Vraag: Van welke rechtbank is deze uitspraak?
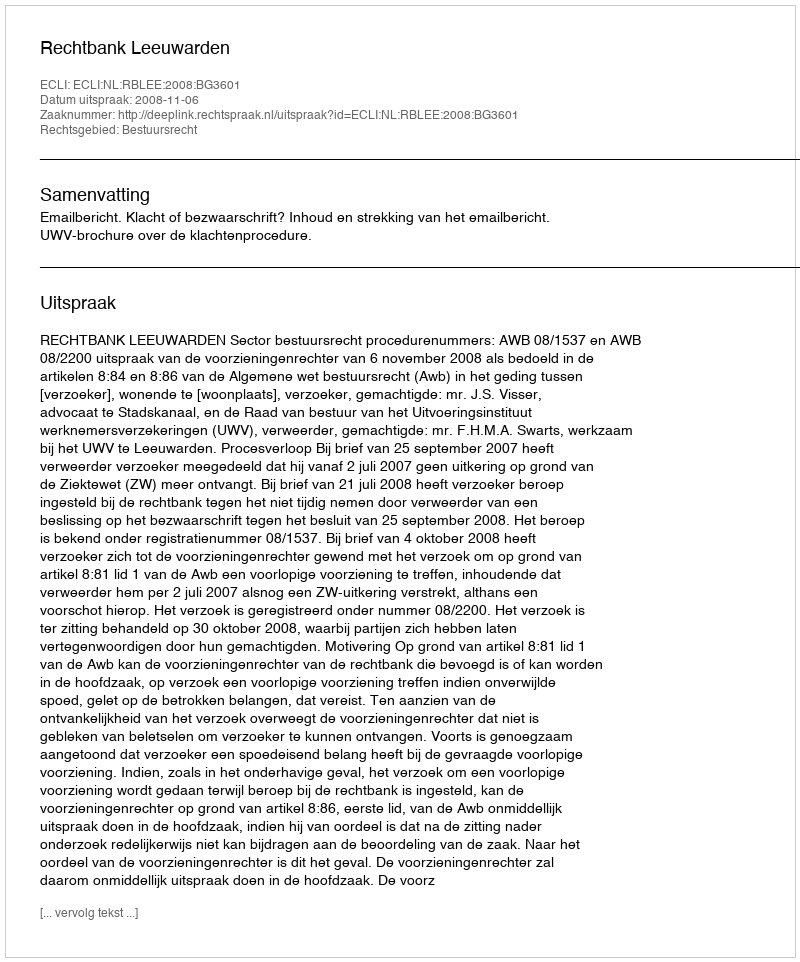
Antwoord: Rechtbank Leeuwarden